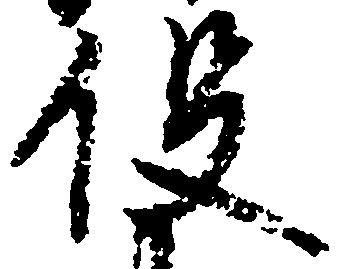
役